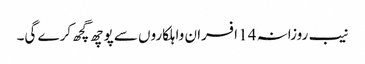
نیب روزانہ 14 افسران واہلکاروں سے پوچھ گچھ کرے گی۔